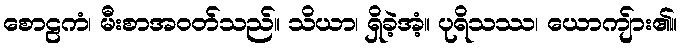
စောဠကံ၊ မီးစာအဝတ်သည်။ သိယာ၊ ရှိခဲ့အံ့။ ပုရိသဿ၊ ယောကျ်ား၏။